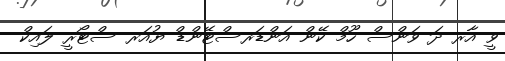
ވީ އާރ ދަ ވަންސް ހޫމް ކޭން އަންޑަރސްޓޭންޑް ޔުއަރ ސްޓޯރީ ލައިކް